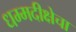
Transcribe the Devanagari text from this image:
धम्मदीक्षेचा